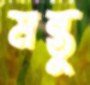
মন্তু